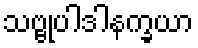
သဗ္ဗုပါဒါနက္ခယာ